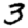
Digit: 3